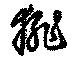
猅